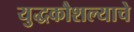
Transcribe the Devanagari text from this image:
युद्धकौशल्याचे